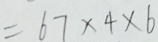
= 6 7 \times 4 \times 6